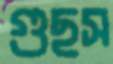
গুছস